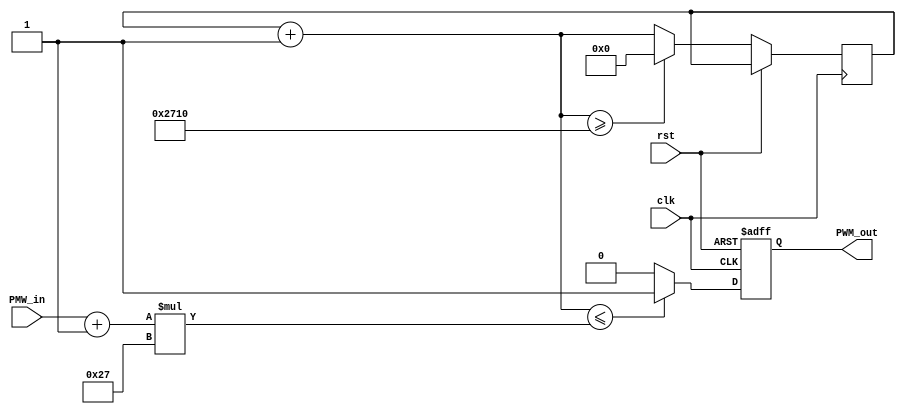
`timescale 1ns / 1ps

module pwm #(parameter cant_bits = 8,sd = 39)(
				input wire clk,rst,
				input wire signed [cant_bits-1:0] PMW_in,
				output reg PWM_out
   );

wire signed [7:0] PWM_Suma;
assign PWM_Suma = PMW_in + 8'd1;

reg[13:0] counter=0;

always@(posedge clk, posedge rst)
begin
	if(rst == 1) 
		PWM_out = 0;
	else 
		begin 
			counter = counter + 1'b1;
				if(counter <= PWM_Suma*sd)
					PWM_out = 1;
				else 
					PWM_out = 0;
				if(counter >= 10000) 
					counter = 0; 
		end
end	


endmodule